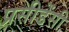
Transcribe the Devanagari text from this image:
प्रसीडेंसी